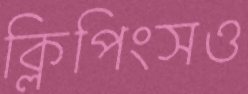
ক্লিপিংসও